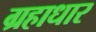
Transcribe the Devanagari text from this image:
ग्रहाधार